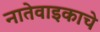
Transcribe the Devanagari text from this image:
नातेवाइकाचे